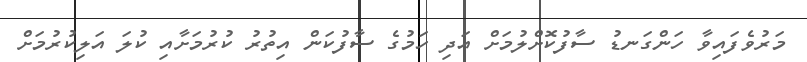
މަރުވެފައިވާ ހަންގަނޑު ސާފުކޮށްލުމަށް އަދި ހަމުގެ ސާފުކަން އިތުރު ކުރުމަށާއި ކުލަ އަލިކުރުމަށް